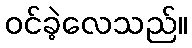
ဝင်ခဲ့လေသည်။